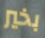
بخير